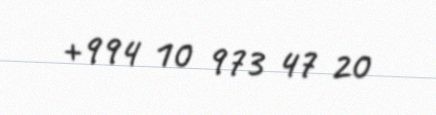
+994 10 973 47 20